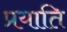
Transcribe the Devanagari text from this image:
प्रयाति